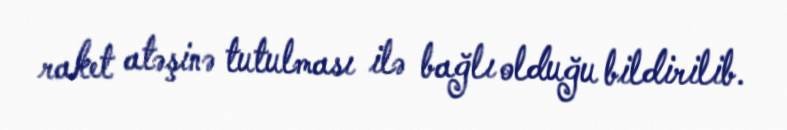
raket atəşinə tutulması ilə bağlı olduğu bildirilib.